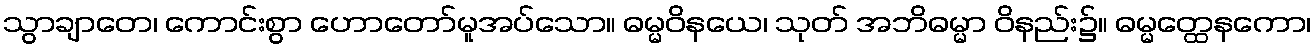
သွာချာတေ၊ ကောင်းစွာ ဟောတော်မူအပ်သော။ ဓမ္မဝိနယေ၊ သုတ် အဘိဓမ္မာ ဝိနည်း၌။ ဓမ္မတ္ထေနကော၊